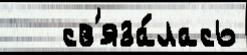
   св'яза́лась